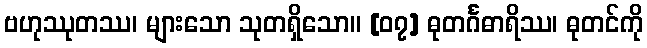
ဗဟုဿုတဿ၊ များသော သုတရှိသော။ [၀၇] ဓုတင်္ဂဓာရိဿ၊ ဓုတင်ကို